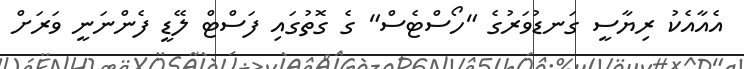
އެއާއެކު ރިޔާސީ ގަނޑުވަރުގެ "ހޯސްޓެސް" ގެ ގޮތުގައި ފަސްޓް ލޭޑީ ފެންނަނީ ވަރަށް